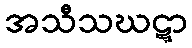
အသီသဃဋ္ဋာ